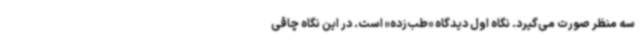
سه منظر صورت می‌گیرد. نگاه اول دیدگاه «طب‌زده» است. در این نگاه چاقی